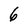
Character: 6